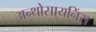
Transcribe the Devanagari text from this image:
अन्थोसायनिंस